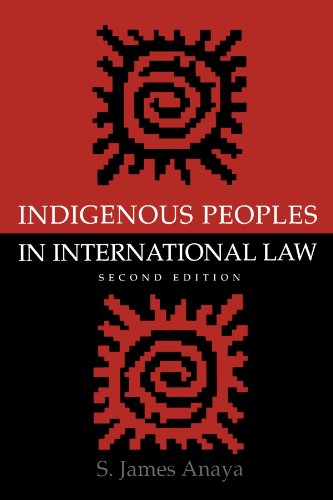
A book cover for Indigenous Peoples in International Law; S. James Anaya; Law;